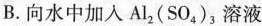
B.向水中加入Al_{2}(SO_{4})_{3}溶液